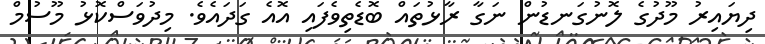
ދިޔައިރު މޫދުގެ ލޮނުގަނޑުން ނަގާ ރާޅުތައް ބޮޑެތިވެފައި އޮއެ ގަދައެވެ. މިދުވަސްކޮޅު މޫސުމް